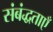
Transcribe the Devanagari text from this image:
संबंद्धताएँ